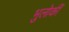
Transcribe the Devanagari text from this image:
भुलोकीं